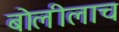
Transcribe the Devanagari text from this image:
बोलीलाच